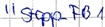
Text: "Stopp_FB1